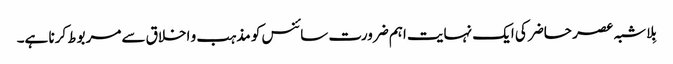
بِلاشبہ عصر حاضر کی ایک نہایت اہم ضرورت سائنس کو مذہب و اخلاق سے مربوط کرنا ہے۔